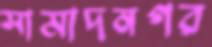
সামাদনগর